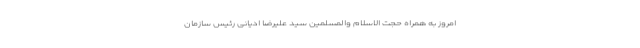
امروز به همراه حجت الاسلام والمسلمین سید علیرضا ادیانی رئیس سازمان